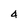
Character: 4